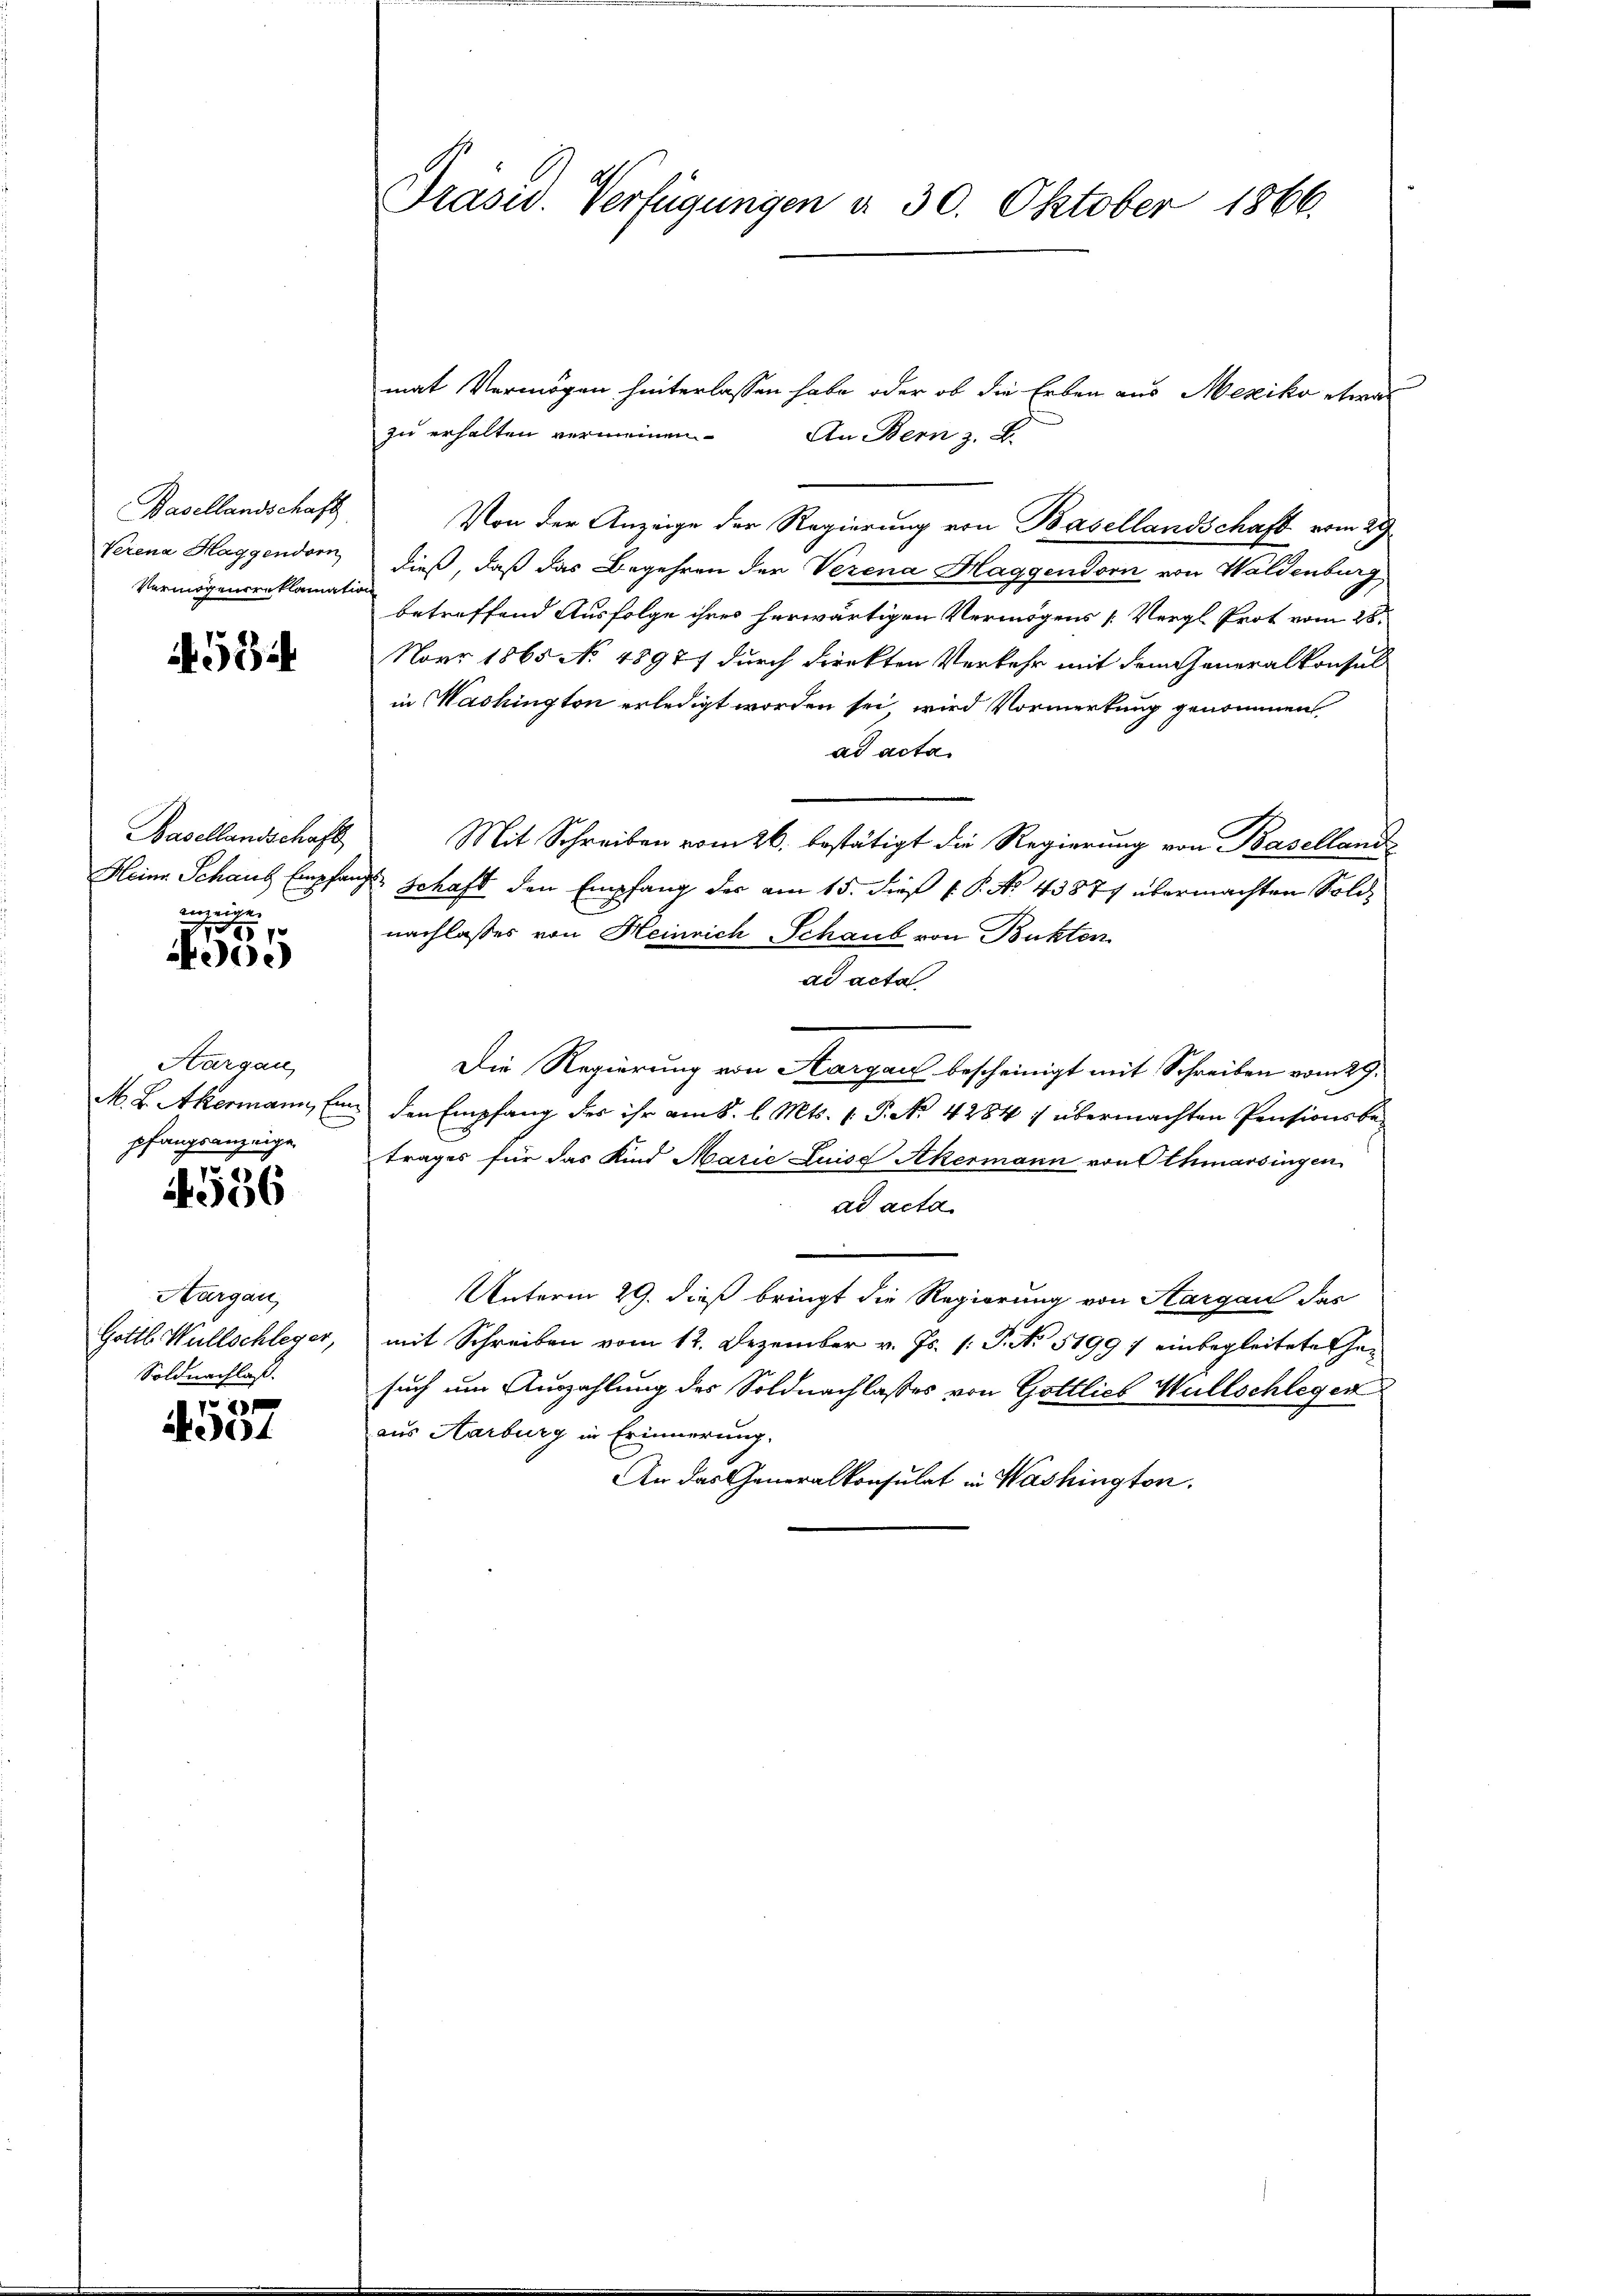
Basellandschaft
Verena Haggendorn
Vermögensreklamation

4594

Basellandschaft
ezeige

1512
00.)

Hargau,
pfangsanzeige
.

556

Aargau,
Gottl. Wullschleger,
Soldnachlaß.

e
A01

Präsid. Verfügungen d. 30. Oktober 1866.

mat Vermögen hinterlassen habe, oder ob die Erben aus Mexiko etwas
zu erhalten vermeinen
An Bern z. B.
Von der Anzeige der Regierung von Basellandschaft vom 29
dieß, daß das Begehren der Verena Haggendorn von Waldenburg
betreffend Ausfolge ihres herwärtigen Vermögens [Vergl. Prot vom 28.
Narr 1865 No 48971 durch direkten Verkehr mit dem Generalkonsul
in Washington erledigt worden sei, wird Vormerkung genommen
ad acta
Mit Schreiben vom 26. bestätigt die Regierung von Baselland
Heine Schaus Empfangs Schaft den Empfang der am 15. dieß P. P. No. 43877 übermachten Sold-
nachlasses von Heinrich Schaub von Butten
ad acta
Die Regierung von Aargau bescheinigt mit Schreiben vom 29.
M. L. Akermann, Eine den Empfang der ihr am 8. l. Mts. 1. P. N. 4284 4 übermachten Pensionsbetrages für das Kind Marie Luise Akermann von Othmarsingen
ad acta
Unterm 29. dieß bringt die Regierung von Aargau das
mit Schreiben vom 12. Dezember v. Js. (: P. No 51991 einbegleitete Gesuch um Auszahlung des Soldnachlasses von Gottlieb Wüllschlegen
aus Aarburg in Erinnerung.
An das Generalkonsulat in Washington.